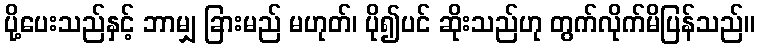
ပို့ပေးသည်နှင့် ဘာမျှ ခြားမည် မဟုတ်၊ ပို၍ပင် ဆိုးသည်ဟု တွက်လိုက်မိပြန်သည်။